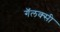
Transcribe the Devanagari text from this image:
गॅलक्सी